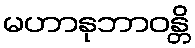
မဟာနုဘာဝန္တိ